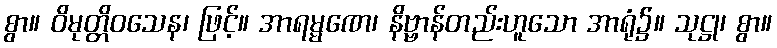
စွာ။ ဝိမုတ္တိဝသေန၊ ဖြင့်။ အာရမ္မဏေ၊ နိဗ္ဗာန်တည်းဟူသော အာရုံ၌။ သုဋ္ဌု၊ စွာ။